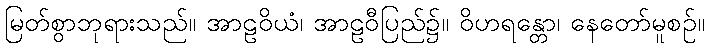
မြတ်စွာဘုရားသည်။ အာဠဝိယံ၊ အာဠဝီပြည်၌။ ဝိဟရန္တော၊ နေတော်မူစဉ်။